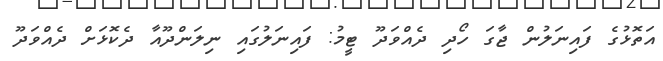
އަތޮޅުގެ ފައިނަލުން ޖާގަ ހޯދި ދެއްވަދޫ ޓީމު: ފައިނަލުގައި ނިލަންދޫއާ ދެކޮޅަށް ދެއްވަދޫ